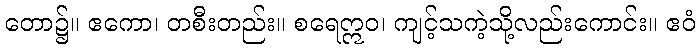
တော၌။ ဧကော၊ တစီးတည်း။ စရေဣဝ၊ ကျင့်သကဲ့သို့လည်းကောင်း။ ဧဝံ